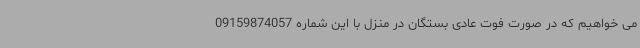
می خواهیم که در صورت فوت عادی بستگان در منزل با این شماره 09159874057